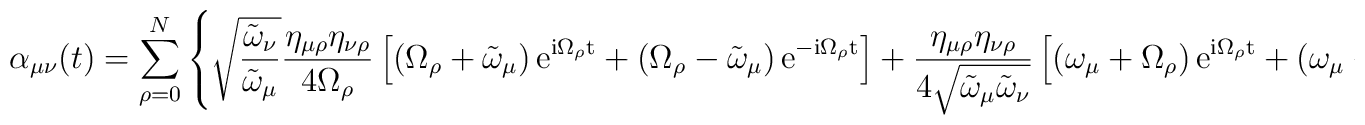
\alpha_{\mu\nu}(t)=\sum_{\rho=0}^N\left\{\sqrt{\frac{\tilde{\omega}_\nu}{\tilde{\omega}_\mu}}\frac{\eta_{\mu\rho}\eta_{\nu\rho}}{4\Omega_\rho}\left[\left(\Omega_\rho+\tilde{\omega}_\mu\right)\rm{e}^{i\Omega_\rho t}+\left(\Omega_\rho-\tilde{\omega}_\mu\right)\rm{e}^{-i\Omega_\rho t}\right]+\frac{\eta_{\mu\rho}\eta_{\nu\rho}}{4\sqrt{\tilde{\omega}_\mu\tilde{\omega}_\nu}}\left[\left(\omega_\mu+\Omega_\rho\right)\rm{e}^{i\Omega_\rho t}+\left(\omega_\mu-\Omega_\rho\right)\rm{e}^{-i\Omega_\rho t}\right]\right\}\;,